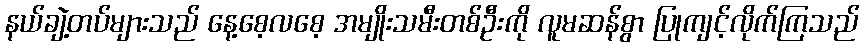
နယ်ချဲ့တပ်များသည် နေ့စေ့လစေ့ အမျိုးသမီးတစ်ဦးကို လူမဆန်စွာ ပြုကျင့်လိုက်ကြသည်